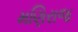
મણિરાજ